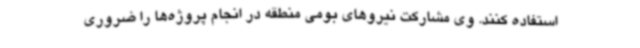
استفاده کنند. وی مشارکت نیروهای بومی منطقه در انجام پروژه‌ها را ضروری